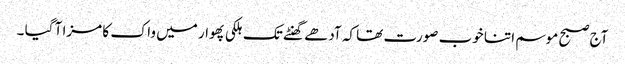
آج صبح موسم اتنا خوب صورت تھا کہ آدھے گھنٹے تک ہلکی پھوار میں واک کا مزا آ گیا ۔